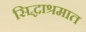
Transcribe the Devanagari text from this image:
सिद्धाश्रमात